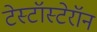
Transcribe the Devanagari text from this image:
टेस्टॉस्टेरॉन